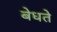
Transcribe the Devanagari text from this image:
बेधते